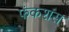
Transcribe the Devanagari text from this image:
फंकशंस